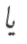
يا